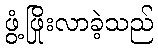
ဖွံ့ဖြိုးလာခဲ့သည်